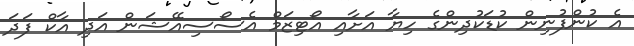
އެ ކުންފުނިން ކުޑަކުދިންގެ ހިޔާ އަށާއި އޯޓިޒަމް އެސޯސިއޭޝަން އަދި އާކް ފަދަ